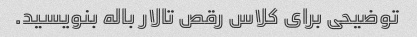
توضیحی برای کلاس رقص تالار باله بنویسید.